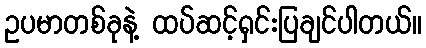
ဥပမာတစ်ခုနဲ့ ထပ်ဆင့်ရှင်းပြချင်ပါတယ်။